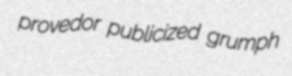
provedor publicized grumph